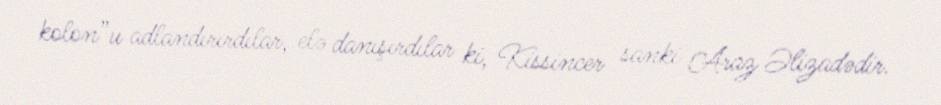
kolon”u adlandırırdılar, elə danışırdılar ki, Kissincer sanki Araz Əlizadədir.